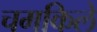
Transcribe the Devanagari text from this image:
चमकिले